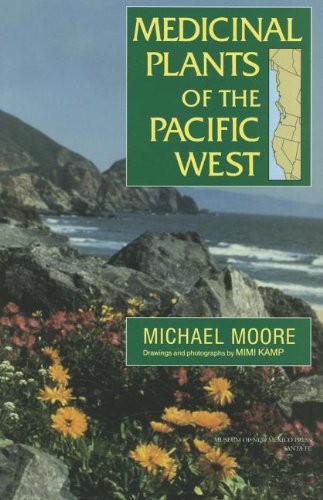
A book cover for Medicinal Plants of the Pacific West; Michael Moore; Science & Math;